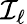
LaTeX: \mathcal{I}_{\ell}